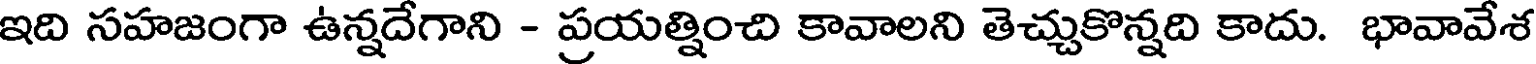
ఇది సహజంగా ఉన్నదేగాని - ప్రయత్నించి కావాలని తెచ్చుకొన్నది కాదు. భావావేశ